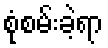
စုံစမ်းခဲ့ရာ